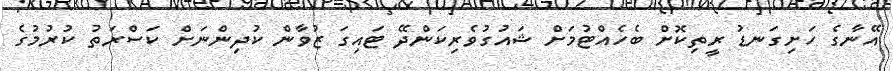
އޭނާގެ ހަށިގަނޑު ރީތިކޮށް ބެހެއްޓުމަށް ޝައުގުވެރިކަންދޭ ޓައިގަ ޒުވާން ކުދިންނަށް ކަސްރަތު ކުރުމުގެ